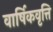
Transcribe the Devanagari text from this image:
वार्षिकवृत्ति